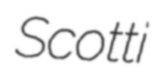
Scotti